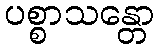
ပစ္စာသန္တော